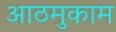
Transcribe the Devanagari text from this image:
आठमुकाम